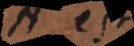
A est